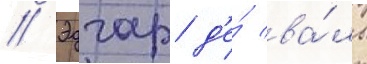
// Эдгар д'е́ ва́ль